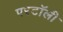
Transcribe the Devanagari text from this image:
परटॉली